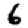
Digit: 6